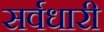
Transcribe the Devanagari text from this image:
सर्वधारी